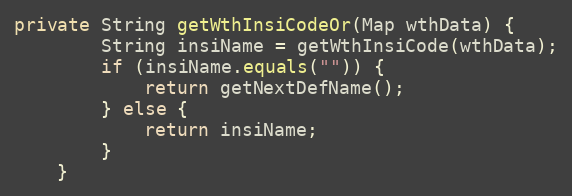
Language: Java
private String getWthInsiCodeOr(Map wthData) {
        String insiName = getWthInsiCode(wthData);
        if (insiName.equals("")) {
            return getNextDefName();
        } else {
            return insiName;
        }
    }